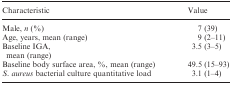
| Characteristic | Value |
 | --- | --- |
 | Male, n (%) | 7 (39) |
 | Age, years, mean (range) | 9 (2–11) |
 | Baseline IGA, mean (range) | 3.5 (3–5) |
 | Baseline body surface area, %, mean (range) | 49.5 (15–93) |
 | S. aureus bacterial culture quantitative load | 3.1 (1–4) |